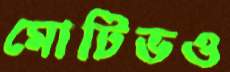
মোটিভও